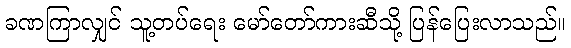
ခဏကြာလျှင် သူ့တပ်ရေး မော်တော်ကားဆီသို့ ပြန်ပြေးလာသည်။